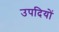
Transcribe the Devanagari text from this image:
उपदियों